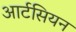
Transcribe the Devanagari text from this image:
आर्टसियन